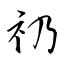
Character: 礽